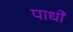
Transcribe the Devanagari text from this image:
पाधों